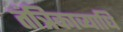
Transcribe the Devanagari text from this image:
तंत्रिकाव्याधि